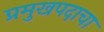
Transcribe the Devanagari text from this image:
प्रमुखपदाचा